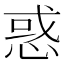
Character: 惑